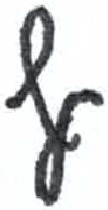
אות: ף